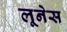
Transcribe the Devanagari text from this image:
लूनेस